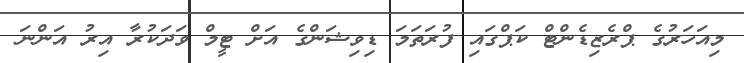
މިއަހަރުގެ ޕްރެޒިޑެންޓް ކަޕްގައި ފުރަތަމަ ޑިވިޝަންގެ އަށް ޓީމް ވަދަކުރާ އިރު އަންނަ